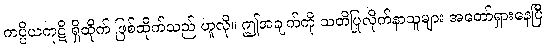
ကပ္ပိယကုဋိ ရှိထိုက် ဖြစ်ထိုက်သည် ဟူလို။ ဤအချက်ကို သတိပြုလိုက်နာသူများ အတော်ရှားနေပြီ